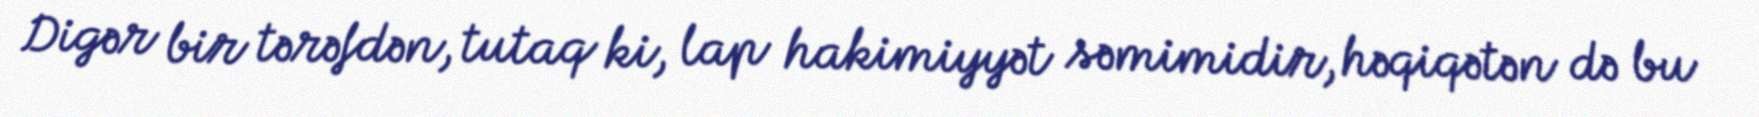
Digər bir tərəfdən, tutaq ki, lap hakimiyyət səmimidir, həqiqətən də bu